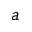
a